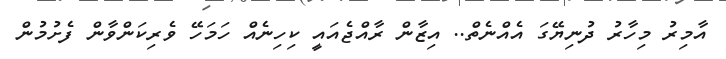
އާމިރު މިހާރު ދުނިޔޭގަ އެއްނެތް.. އިޒާން ރާއްޖެއައީ ކިހިނެއް ހަމަހޭ ވެރިކަންވާން ފެށުމުން